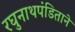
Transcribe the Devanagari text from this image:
रघुनाथपंडिताने